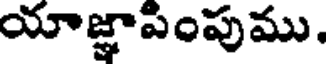
యాజ్ఞాపింపుము.